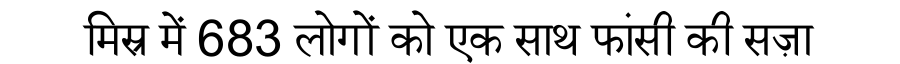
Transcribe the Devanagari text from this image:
मिस्र में 683 लोगों को एक साथ फांसी की सज़ा